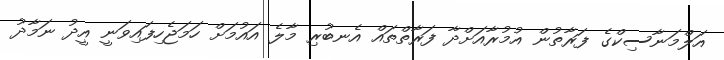
އަލްމަނާސިކްގެ ފަރާތުން އުމުރާއަށްދާ ފަރާތްތައް އެނބުރި މާލެ އައުމަށް ހަމަޖެހިފައިވަނީ އީދު ނަމާދު